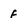
Character: f